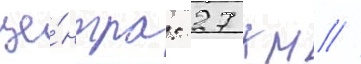
це́нтра: 27 км //